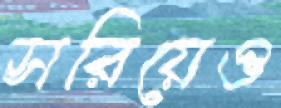
সরিয়েও